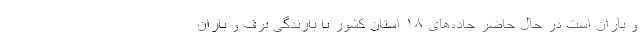
و باران است در حال حاضر جاده‌های ۱۸ استان کشور با بارندگی برف و باران